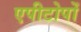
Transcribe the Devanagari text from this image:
एपीटोपों